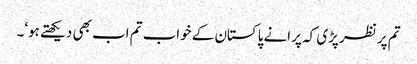
تم پر نظر پڑی کہ پرانے پاکستان کے خواب تم اب بھی دیکھتے ہو‘۔